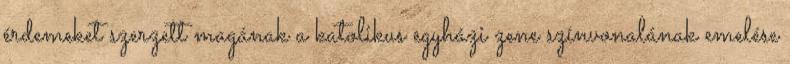
érdemeket szerzett magának a katolikus egyházi zene színvonalának emelése